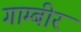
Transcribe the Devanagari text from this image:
गाम्बीर